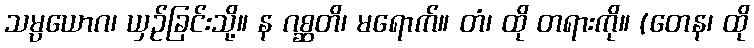
သမ္ပယောဂ၊ ယှဉ်ခြင်းသို့။ န ဂစ္ဆတိ၊ မရောက်။ တံ၊ ထို တရားကို။ (တေန၊ ထို